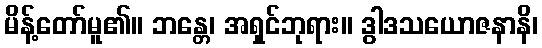
မိန့်တော်မူ၏။ ဘန္တေ၊ အရှင်ဘုရား။ ဒွါဒသယောဇနာနိ၊